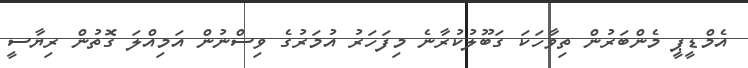
އެމްޑީޕީ މެންބަރުން ތިވާހަކަ ގަބޫލުކުރާނެ މިފަަހަރު އުމަރުގެ ވިސްނުން އަމިއްލަ ގޮތުން ރިޔާސީ